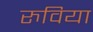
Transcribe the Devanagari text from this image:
रुविया